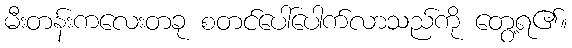
မီးတန်းကလေးတခု စတင်ပေါ်ပေါက်လာသည်ကို တွေ့ရ၏။